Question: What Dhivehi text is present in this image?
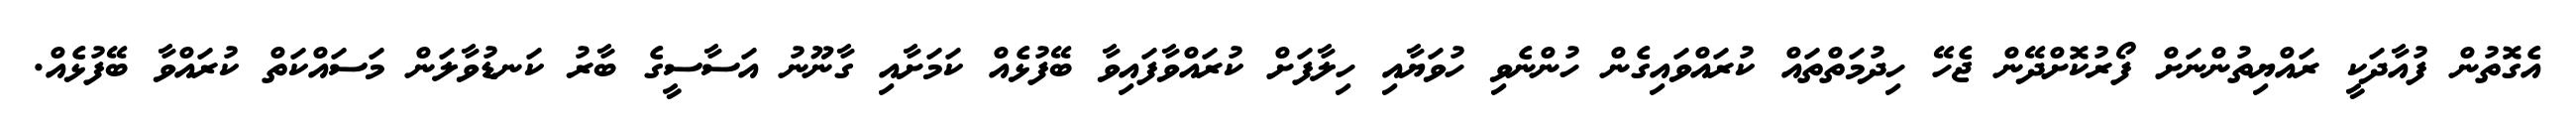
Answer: އެގޮތުން ފުއާދަކީ ރައްޔިތުންނަށް ފޯރުކޮށްދޭން ޖެހޭ ހިދުމަތްތައް ކުރައްވައިގެން ހުންނެވި ހުވަޔާއި ހިލާފަށް ކުރައްވާފައިވާ ބޭފުޅެއް ކަމަށާއި ގާނޫނު އަސާސީގެ ބާރު ކަނޑުވާލަން މަސައްކަތް ކުރައްވާ ބޭފުޅެއް.